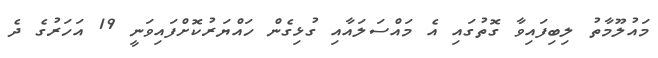
މައުލޫމާތު ލިބިފައިވާ ގޮތުގައި އެ މައްސަލައާއި ގުޅިގެން ހައްޔަރުކޮށްފައިވަނީ 19 އަހަރުގެ ދެ